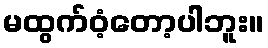
မထွက်ဝံ့တော့ပါဘူး။